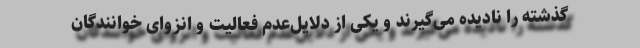
گذشته را نادیده می‌گیرند و یکی از دلایل‌عدم فعالیت و انزوای خوانندگان